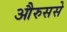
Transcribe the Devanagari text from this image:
औरुससे